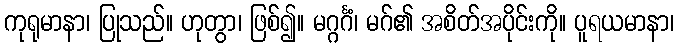
ကုရုမာနာ၊ ပြုသည်။ ဟုတွာ၊ ဖြစ်၍။ မဂ္ဂင်္ဂံ၊ မဂ်၏ အစိတ်အပိုင်းကို။ ပူရယမာနာ၊